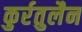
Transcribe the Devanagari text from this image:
कुर्रतुलैन